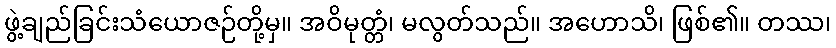
ဖွဲ့ချည်ခြင်းသံယောဇဉ်တို့မှ။ အဝိမုတ္တံ၊ မလွတ်သည်။ အဟောသိ၊ ဖြစ်၏။ တဿ၊